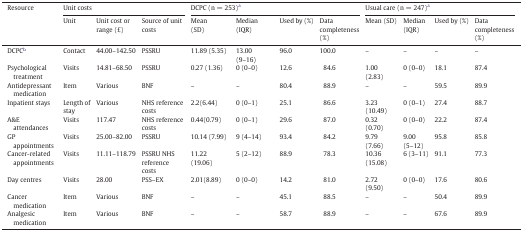
| Resource | <COLSPAN=3> Unit costs | <COLSPAN=4> DCPC (n = 253)a | <COLSPAN=4> Usual care (n = 247)a |
 | Unit | Unit cost or range (£) | Source of unit costs | Mean (SD) | Median (IQR) | Used by (%) | Data completeness (%) | Mean (SD) | Median (IQR) | Used by (%) | Data completeness (%) |
 | --- | --- | --- | --- | --- | --- | --- | --- | --- | --- | --- | --- |
 | DCPCb | Contact | 44.00–142.50 | PSSRU | 11.89 (5.35) | 13.00 (9–16) | 96.0 | 100.0 | – | – | – | – |
 | Psychological treatment | Visits | 14.81–68.50 | PSSRU | 0.27 (1.36) | 0 (0–0) | 12.6 | 84.6 | 1.00 (2.83) | 0 (0–0) | 18.1 | 87.4 |
 | Antidepressant medication | Item | Various | BNF | – | – | 80.4 | 88.9 | – | – | 59.5 | 89.9 |
 | Inpatient stays | Length of stay | Various | NHS reference costs | 2.2(6.44) | 0 (0–1) | 25.1 | 86.6 | 3.23 (10.49) | 0 (0–1) | 27.4 | 88.7 |
 | A&E attendances | Visits | 117.47 | NHS reference costs | 0.44(0.79) | 0 (0–1) | 29.6 | 87.0 | 0.32 (0.70) | 0 (0–0) | 22.2 | 87.4 |
 | GP appointments | Visits | 25.00–82.00 | PSSRU | 10.14 (7.99) | 9 (4–14) | 93.4 | 84.2 | 9.79 (7.66) | 9.00 (5–12) | 95.8 | 85.8 |
 | Cancer-related appointments | Visits | 11.11–118.79 | PSSRU NHS reference costs | 11.22 (19.06) | 5 (2–12) | 88.9 | 78.3 | 10.36 (15.08) | 6 (3–11) | 91.1 | 77.3 |
 | Day centres | Visits | 28.00 | PSS–EX | 2.01(8.89) | 0 (0–0) | 14.2 | 81.0 | 2.72 (9.50) | 0 (0–0) | 17.6 | 80.6 |
 | Cancer medication | Item | Various | BNF | – | – | 45.1 | 88.5 | – | – | 50.4 | 89.9 |
 | Analgesic medication | Item | Various | BNF | – | – | 58.7 | 88.9 | – | – | 67.6 | 89.9 |